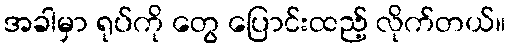
အခါမှာ ရုပ်ကို တွေ ပြောင်းထည့် လိုက်တယ်။